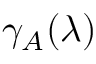
\gamma _ { A } ( \lambda )